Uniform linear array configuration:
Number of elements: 32
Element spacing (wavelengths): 0.75
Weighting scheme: hamming
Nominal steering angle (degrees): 60
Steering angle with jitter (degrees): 61.559
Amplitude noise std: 0.05
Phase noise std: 0.05

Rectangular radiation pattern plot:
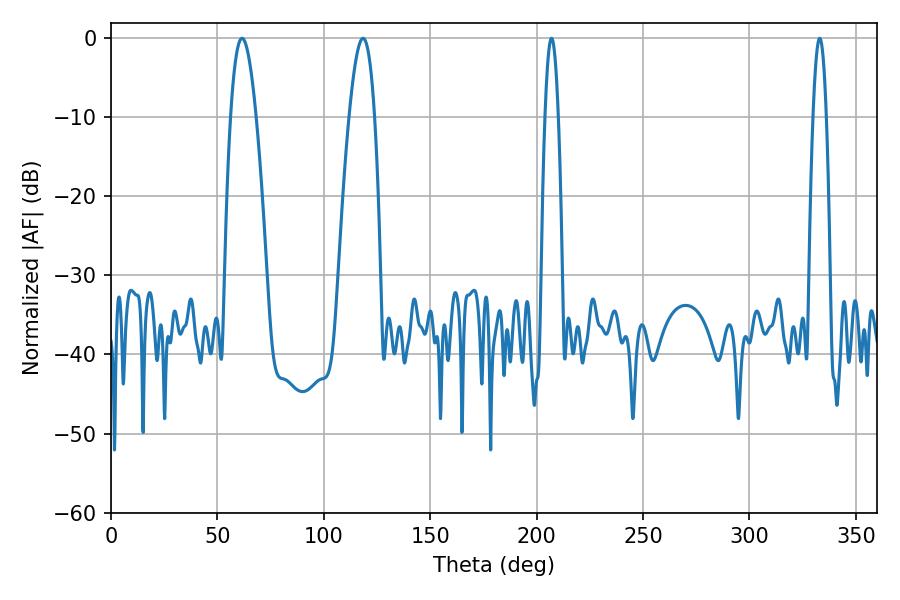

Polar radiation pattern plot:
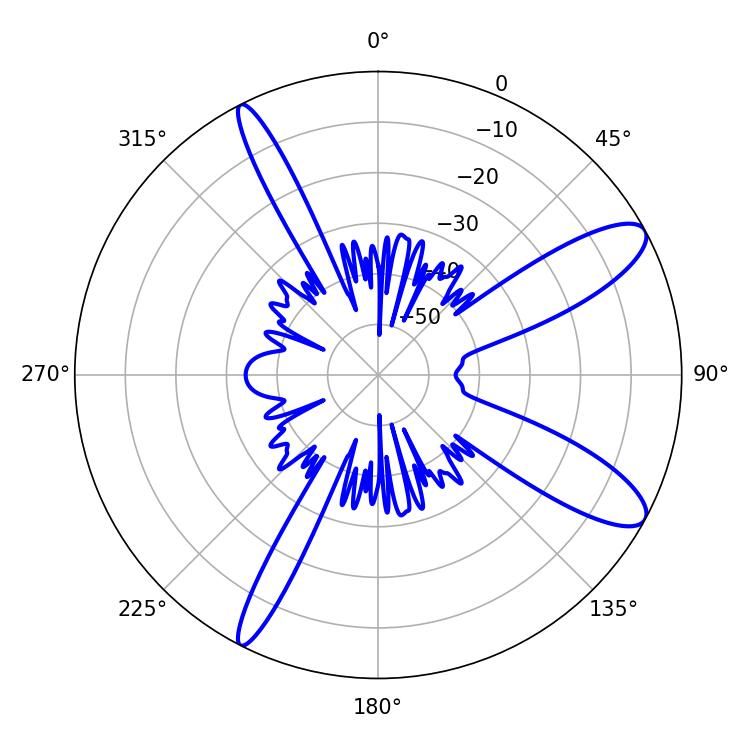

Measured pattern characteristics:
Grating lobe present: TRUE
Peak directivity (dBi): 10.996
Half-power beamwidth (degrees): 3.24
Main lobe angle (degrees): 207